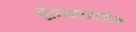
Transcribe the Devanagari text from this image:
भैय्य्यासाहेब